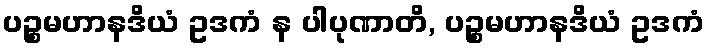
ပဉ္စမဟာနဒိယံ ဥဒကံ န ပါပုဏာတိ, ပဉ္စမဟာနဒိယံ ဥဒကံ